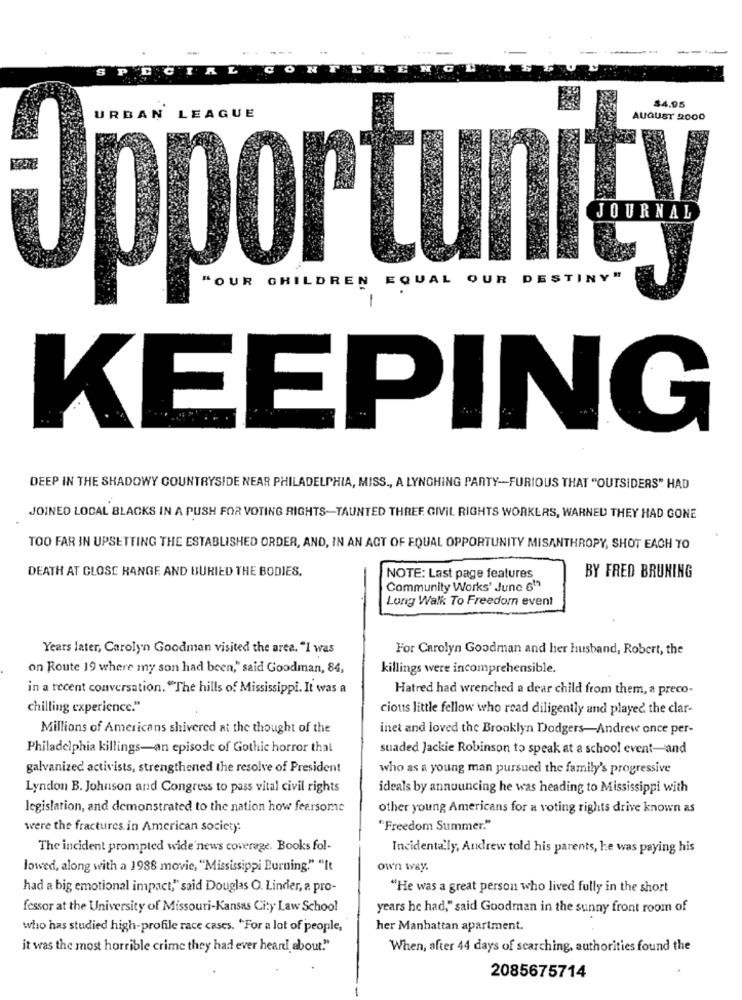
S
ONFIRE
$4.95
Opportunity
"OUR CHILDREN EQUAL OUR DESTINY"
KEEPING
DEEP IN THE SHADOWY COUNTRYSIDE NEAR PHILADELPHIA, MISS ., A LYNCHING PARTY-FURIOUS THAT "OUTSIDERS" HAD
JOINED LOCAL BLACKS IN A PUSH FOR VOTING RIGHTS-TAUNTED THREE, CIVIL RIGHTS WORKERS, WARNED THEY HAD GONE
TOO FAR IN UPSETTING THE ESTABLISHED ORDER, AND, IN AN ACT OF EQUAL OPPORTUNITY MISANTHROPY, SHOT EACH TO
DEATH AT CLOSE RANGE AND BURIED THE BODIES,
NOTE: Last page features
BY FRED BRUNING
Community Works' June 61ª
Long Walk To Freedom event
Years later, Carolyn Goodman visited the area. "I was
For Carolyn Goodman and her husband, Robert, the
on Route 19 where my son had been," said Goodman, 84,
killings were incomprehensible.
in a recent conversation. "The hills of Mississippi. It was a
Hatred had wrenched a dear child from them, a preco-
chilling experience."
cious little fellow who read diligently and played the clar-
Millions of Americans shivered at the thought of the
inet and loved the Brooklyn Dodgers-Andrew once per-
Philadelphia killings-an episode of Gothic horror that
suaded Jackie Robinson to speak at a school event-and
galvanized activists, strengthened the resolve of President
who as a young man pursued the family's progressive
Lyndon B. Johnson and Congress to pass vital civil rights
ideals by announcing he was heading to Mississippi with
legislation, and demonstrated to the nation how fearsome
other young Americans for a voting rights drive known as
were the fractures in American society:
"Freedom Summer."
The incident prompted wide'news coverage. Books fol-
Incidentally, Andrew told his parents, he was paying his
lowed, along with a 1988 movie, "Mississippi Burning." "It
own way.
had a big emotional impact," said Douglas O. Linder, a pro-
"He was a great person who lived fully in the short
fessor at the University of Missouri-Kansas City Law School
years he had," said Goodman in the sunny front room of
who has studied high-profile race cases. "For a lot of people,
her Manhattan apartment.
it was the most horrible crime they had ever heard about."
When, after 44 days of scarching, authorities found the
2085675714